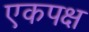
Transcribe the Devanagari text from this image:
एकपक्ष